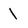
Character: l